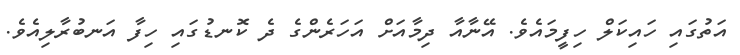
އަތުގައި ހައިކަލް ހިފީމައެވެ. އޭނާއާ ދިމާއަށް އަހަރެންގެ ދެ ކޮނޑުގައި ހިފާ އަނބުރާލިއެވެ.